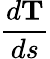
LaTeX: \frac{d\mathbf{T}}{ds}